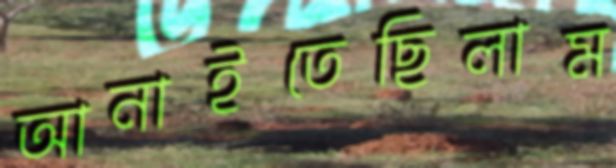
আনাইতেছিলাম